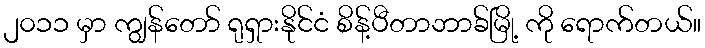
၂၀၁၁ မှာ ကျွန်တော် ရုရှားနိုင်ငံ စိန့်ပီတာဘာခ်မြို့ ကို ရောက်တယ်။